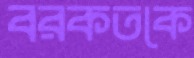
বরকতকে